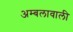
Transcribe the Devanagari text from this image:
अम्बलावाली